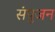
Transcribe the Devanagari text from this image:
संपुजन